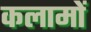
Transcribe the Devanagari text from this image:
कलामों